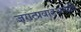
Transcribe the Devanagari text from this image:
जगत्प्रवाहअनादि